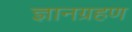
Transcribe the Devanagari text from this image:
ज्ञानग्रहण